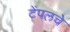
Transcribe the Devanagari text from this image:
टेंपलचे